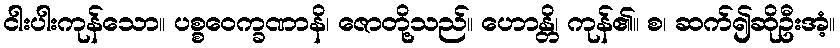
ငါးပါးကုန်သော။ ပစ္စဝေက္ခဏာနိ၊ ဇောတို့သည်။ ဟောန္တိ၊ ကုန်၏။ စ၊ ဆက်၍ဆိုဦးအံ့။